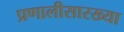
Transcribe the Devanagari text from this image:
प्रणालीसारख्या